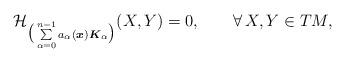
LaTeX: \begin{align*} \mathcal{H}_{\big(\sum\limits_{\alpha=0}^{n-1} a_{\alpha}(\boldsymbol{x})\boldsymbol{K}_{\alpha} \big)}(X,Y)= 0 , \qquad\forall \, X, Y \in TM ,\end{align*}